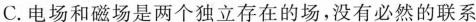
C.电场和磁场是两个独立存在的场，没有必然的联系